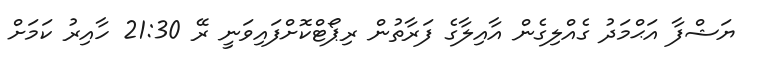
ޔަޝްފާ އަޙްމަދު ގެއްލިގެން އާއިލާގެ ފަރާތުން ރިޕޯޓްކޮށްފައިވަނީ ރޭ 21:30 ހާއިރު ކަމަށް